Tartu_pedagoogiumi_aruanded, lk 49
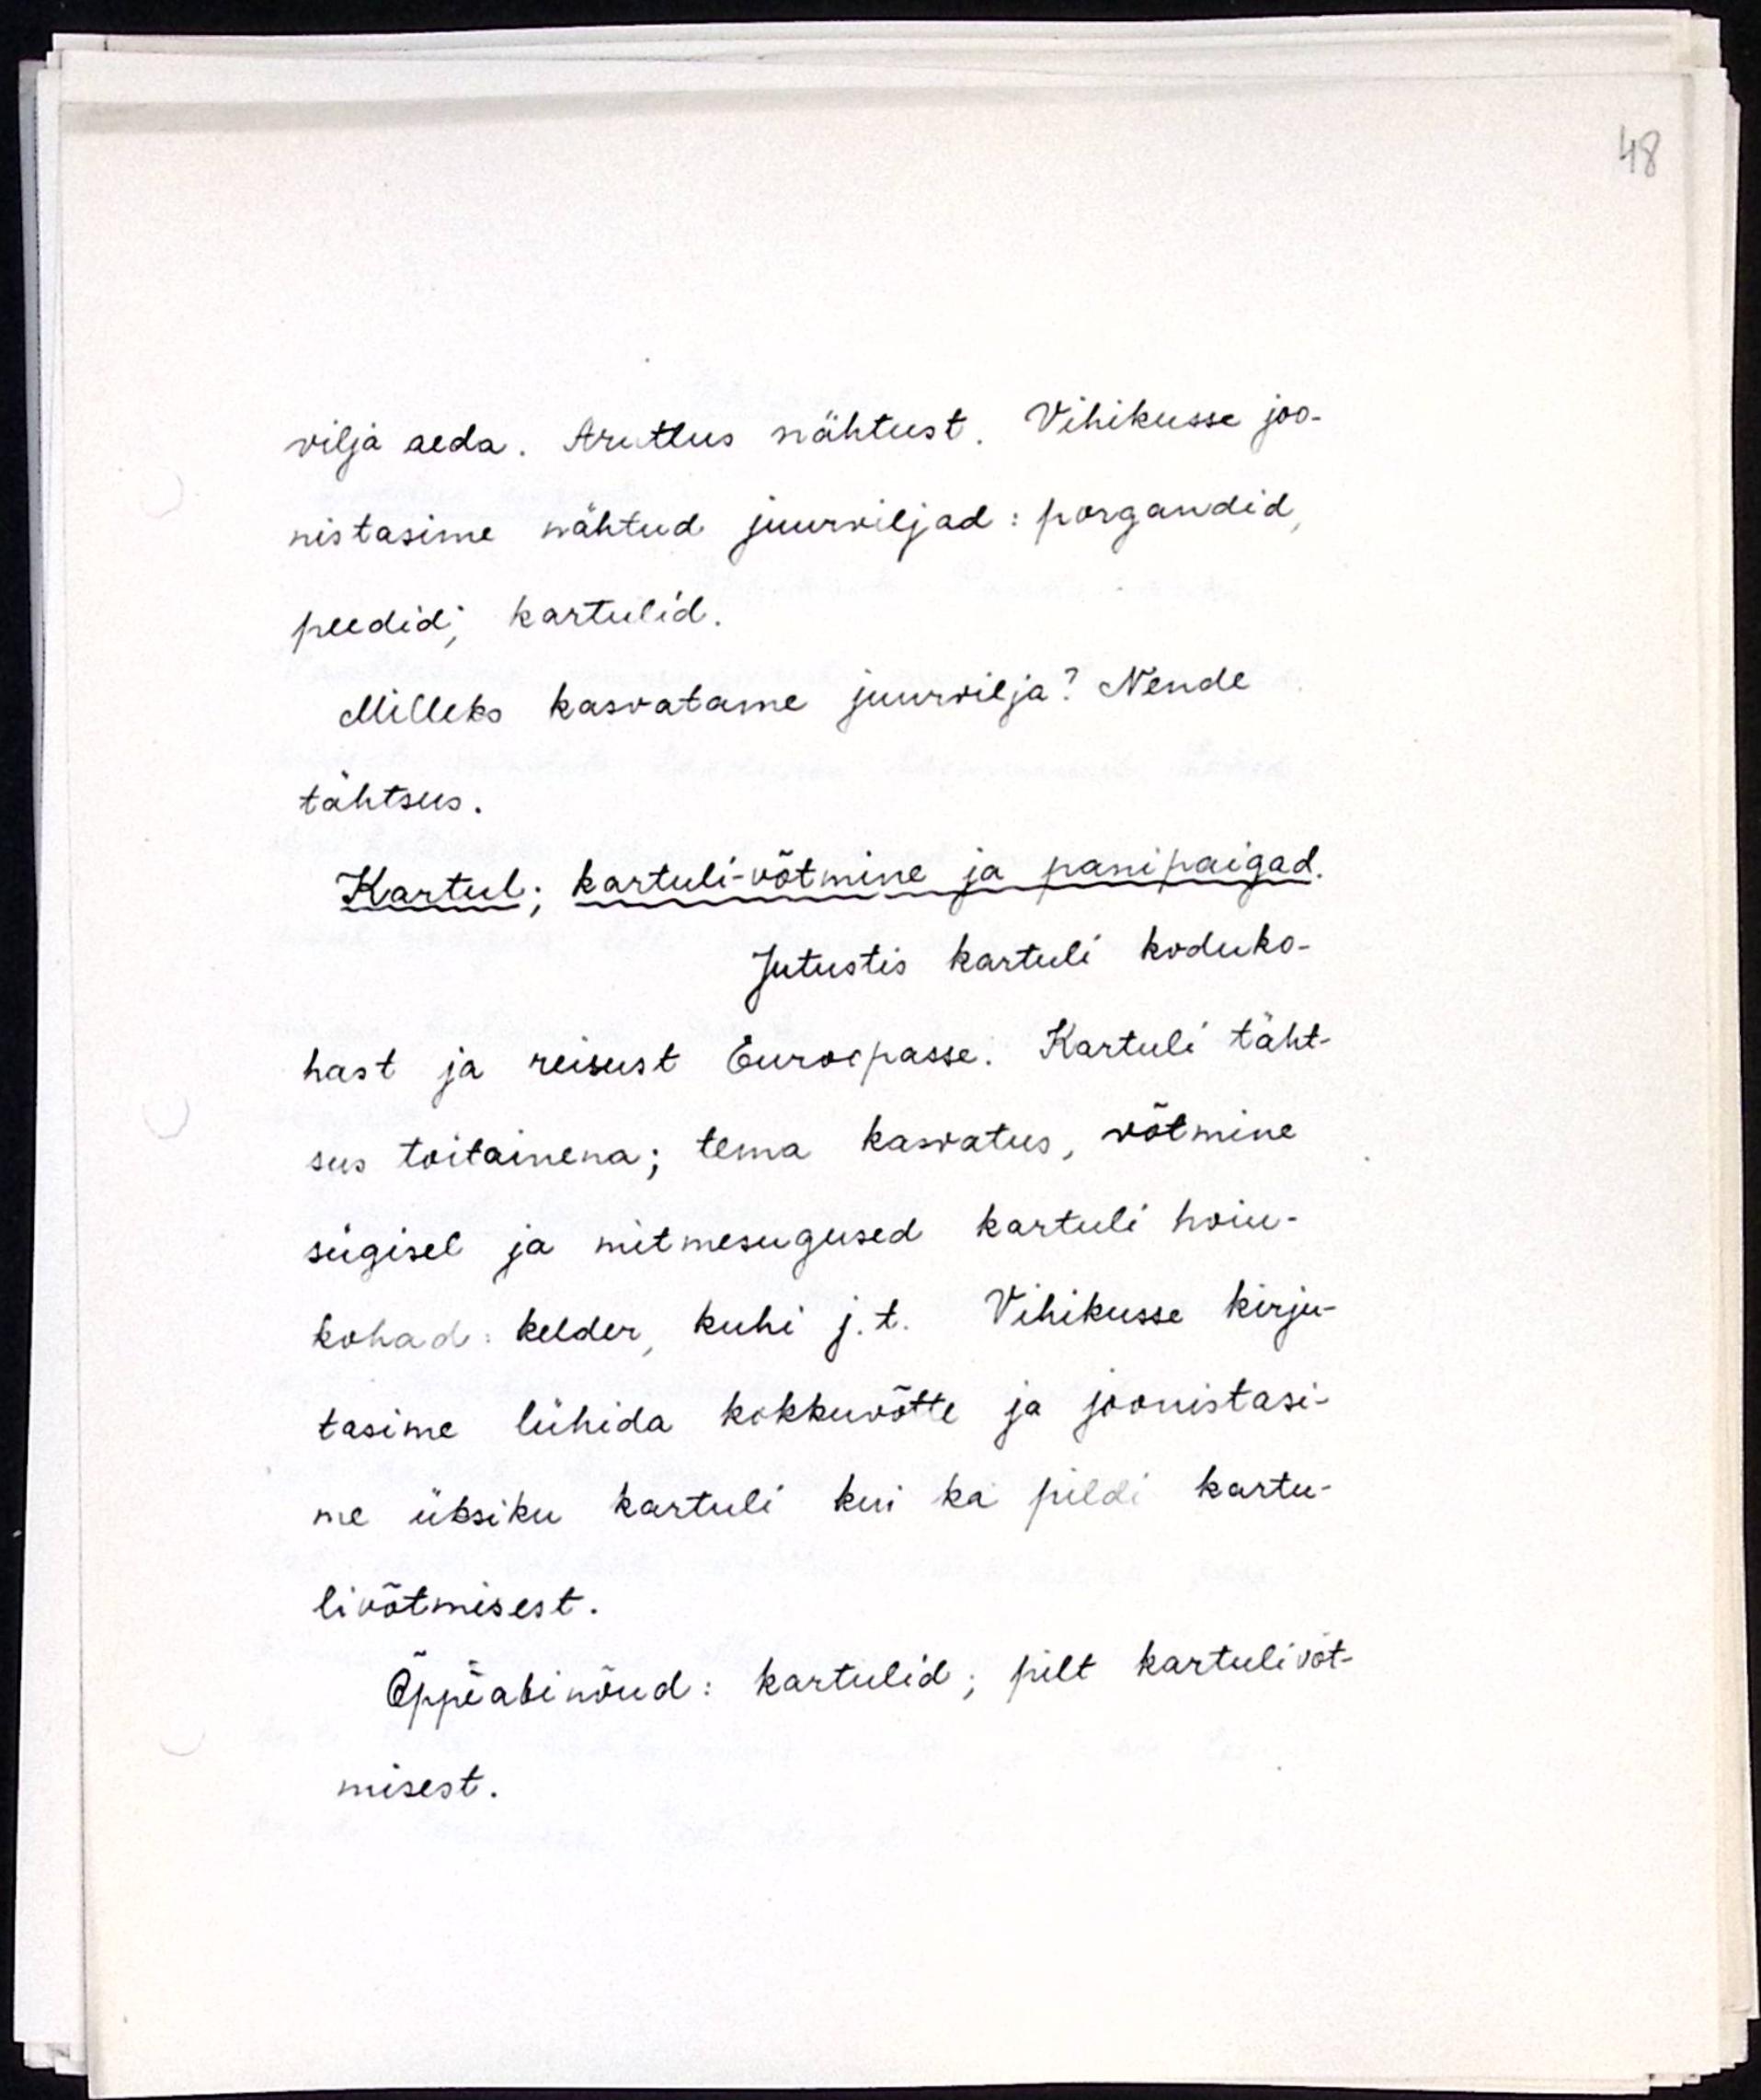
vilja aeda. Arutlus nähtust. Vihikusse joon-
istasime nähtud juurviljad: porgandid,
peedid, kartulid.
Milleks kasvatame juurvilja? Nende
tähtsus.
Kartul; kartuli-võtmine ja panipaigad.
Jutustis kartuli koduko-
hast ja reisust Euroopasse. Kartuli täht-
sus toitainena; tema kasvatus, võtmine
sügisel ja mitmesugused kartuli hoiu-
kohad: kelder, kuhi j.t. Vihikusse kirju-
tasime lühida kokkuvõtte ja joonistasi-
me üksiku kartuli kui ka pildi kartu-
livõtmisest.
Õppeabinõud: kartulid, pilt kartulivõt-
misest.